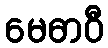
မေဓာဝီ